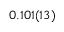
0 . 1 0 1 ( 1 3 )